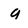
Character: q